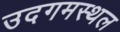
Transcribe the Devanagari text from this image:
उदगमस्थल